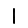
Digit: 1